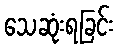
သေဆုံးရခြင်း